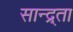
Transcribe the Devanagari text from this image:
सान्द्र्ता